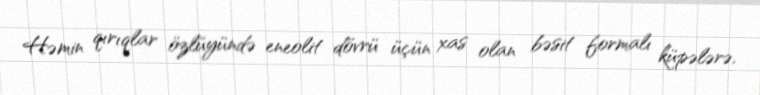
Həmin qırıqlar özlüyündə eneolit dövrü üçün xas olan bəsit formalı küpələrə,